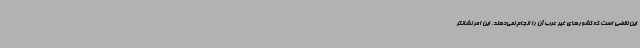
این نقضی است که کشورهای غیر عرب آن را انجام نمی‌دهند، این امر نشانگر